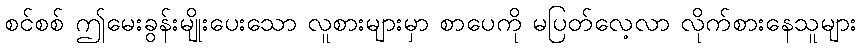
စင်စစ် ဤမေးခွန်းမျိုးပေးသော လူစားများမှာ စာပေကို မပြတ်လေ့လာ လိုက်စားနေသူများ